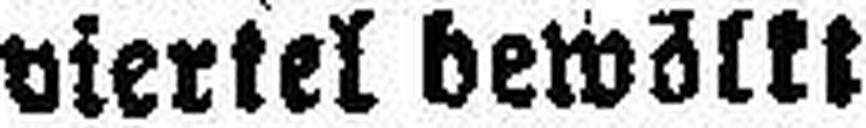
viertel bewölkt